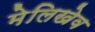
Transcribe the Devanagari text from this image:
मेलिखेव